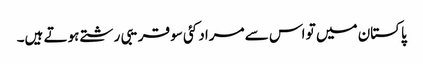
پاکستان میں تو اس سے مراد کئی سو قریبی رشتے ہوتے ہیں۔